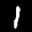
Label: 1